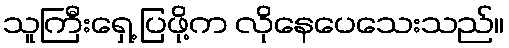
သူကြီးရှေ့ ပြဖို့က လိုနေပေသေးသည်။